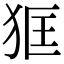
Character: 𤝿